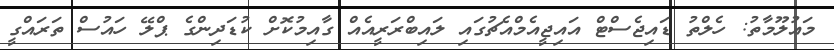
މައުލޫމާތު: ހެލްތު ޑައިޖެސްޓް އައިޖީއެމްއެޗުގައި ލައިބްރަރީއެއް ގާއިމުކޮށް ކުޑަދިންގެ ޕްލޭ ހައުސް ތަރައްގީ